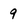
Character: 9